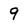
Character: 9